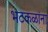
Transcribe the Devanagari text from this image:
भटकळांना